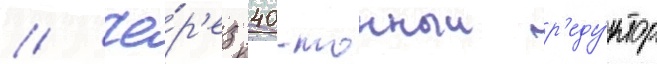
// Че́р'ез 40-тонныи р'еду́ктор